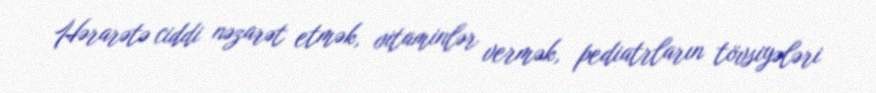
Hərarətə ciddi nəzarət etmək, vitaminlər vermək, pediatrların tövsiyələri